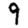
Digit: 9